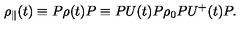
{ \rho } _ { \parallel } ( t ) \equiv P \rho ( t ) P \equiv P U ( t ) P { \rho } _ { 0 } P U ^ { + } ( t ) P .